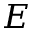
E